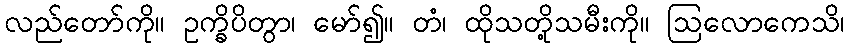
လည်တော်ကို။ ဥက္ခိပိတွာ၊ မော်၍။ တံ၊ ထိုသတို့သမီးကို။ ဩလောကေသိ၊